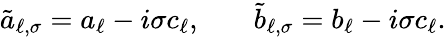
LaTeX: \begin{array}{rlr}{\tilde{a}_{\ell,\sigma}=a_{\ell}-i\sigma c_{\ell},}&{{}}&{\tilde{b}_{\ell,\sigma}=b_{\ell}-i\sigma c_{\ell}.}\end{array}